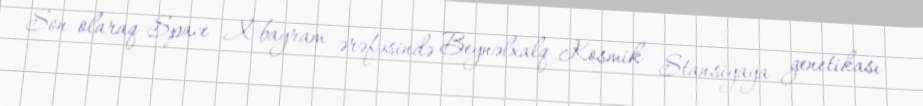
Son olaraq Space X bayram ərəfəsində Beynəlxalq Kosmik Stansiyaya genetikası